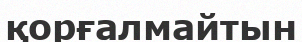
қорғалмайтын